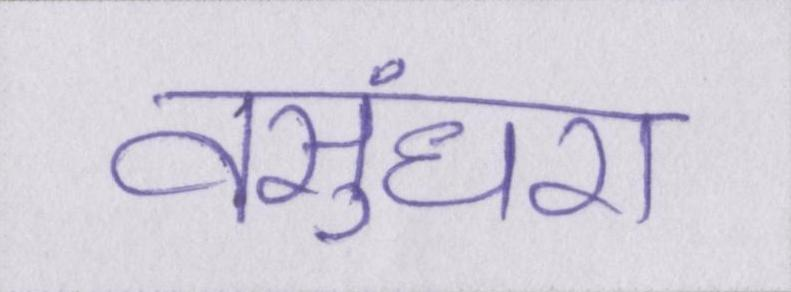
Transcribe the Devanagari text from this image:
वसुंधरा